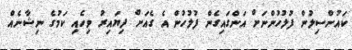
ކައުންސިލުން ފުލުހުންނަށް އަންގައިގެން ފުލުހުން އެ ގެއަށް ދިޔައިރު ވިހެއި ކަމުގެ ނިޝާނެއް